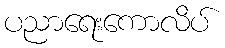
ပညာရေးကောလိပ်